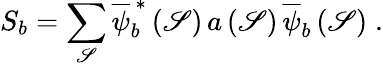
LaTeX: S_{b}=\sum_{\mathscr{S}}\overline{{{\psi}}}_{b}^{\, \ast}\left(\mathscr{S}\right)\, a\left(\mathscr{S}\right)\, \overline{{{\psi}}}_{b}\left(\mathscr{S}\right)\; .